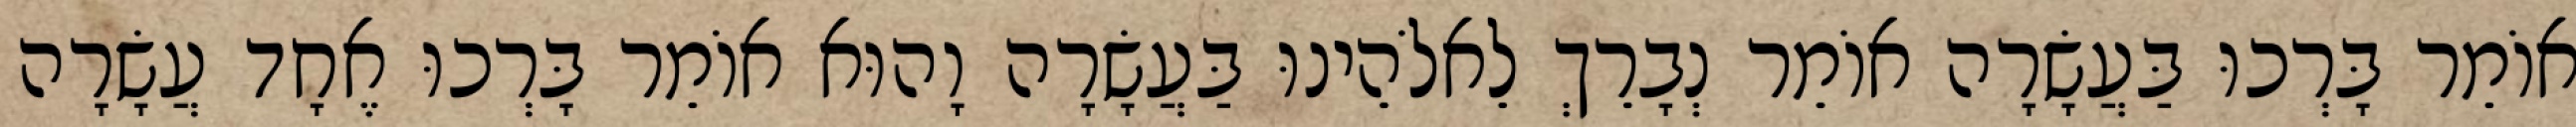
אוֹמֵר בָּרְכוּ בַּעֲשָׂרָה אוֹמֵר נְבָרֵךְ לֵאלֹהֵינוּ בַּעֲשָׂרָה וָהוּא אוֹמֵר בָּרְכוּ אֶחָד עֲשָׂרָה